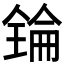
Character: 𠓻